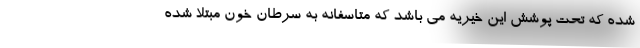
شده که تحت پوشش این خیریه می باشد که متاسفانه به سرطان خون مبتلا شده